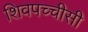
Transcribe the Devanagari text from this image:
शिवपच्चीसी